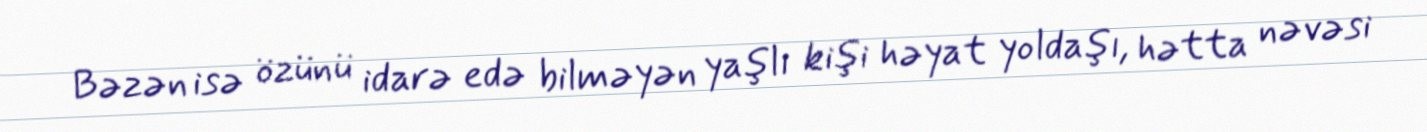
Bəzən isə özünü idarə edə bilməyən yaşlı kişi həyat yoldaşı, hətta nəvəsi